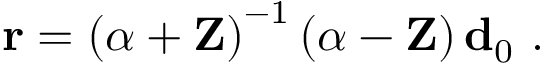
\mathbf { r } = \left( \boldsymbol { \alpha } + \mathbf { Z } \right) ^ { - 1 } \left( \boldsymbol { \alpha } - \mathbf { Z } \right) \mathbf { d } _ { 0 } \mathrm { ~ . ~ }